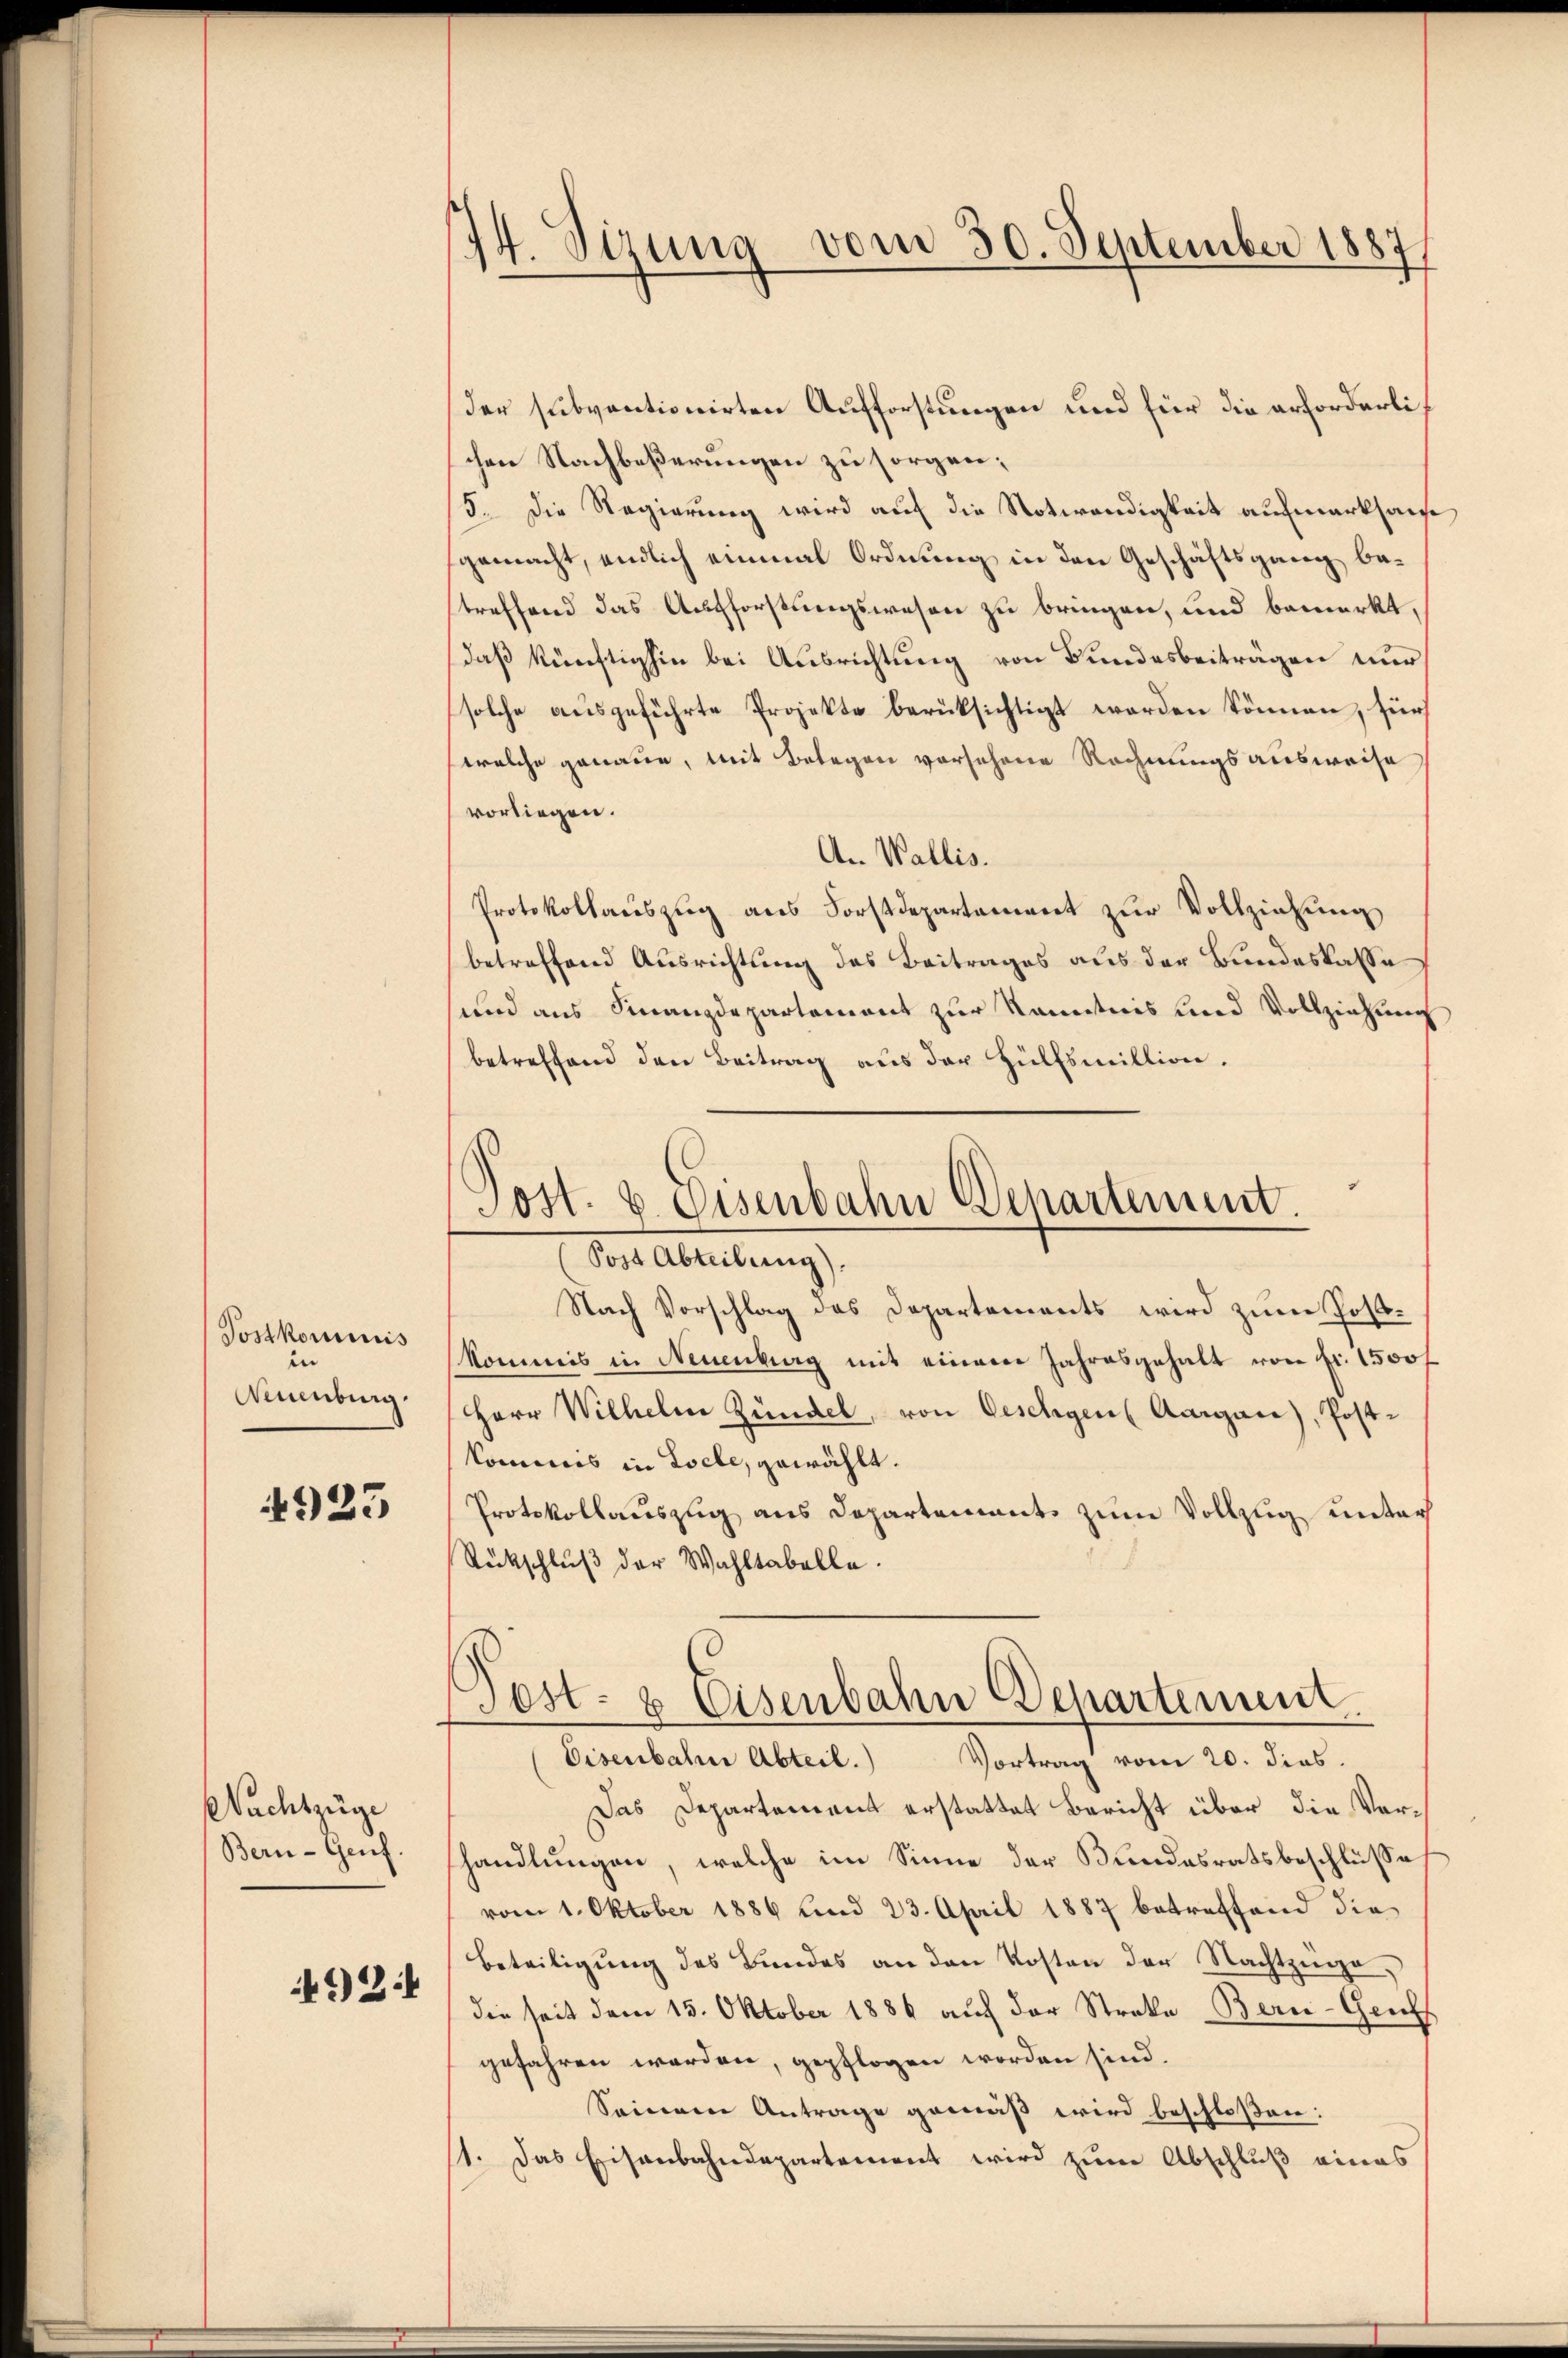
Postkommnis
in
Auenburg.

923

Nachtzüge
Bern- Genf.

92:

174. Sizung vom 30. September 1887

der subventionirten Aufforstungen und für die erforderlichen Nachbeßerungen zu sorgen;
5. Die Regierung wird auf die Notwendigkeit aufmerksam
gemacht, endlich einmal Ordnung in den Geschäftsgang betreffend das Aufforstungswesen zu bringen, und bemerkt,
daß künftighin bei Ausrichtung von Bundesbeiträgen nur
solche ausgeführte Projekte berüksichtigt worden können, für
welche genaue, mit Belegen vorsehene Rechnungsausweise
vorliegen.
An Wallis.
Protokollauszug aus Forstdepartement zur Vollziehung
betreffend Ausrichtung des Beitrages aus der Bundeskasse
und aus Finanzdepartement zur Kenntnis und Vollziehung
betreffend den Beitrag aus der Hülfsmillion.
Post. u. Eisenbahn Departement.

Der Abreitung,

Nach Vorschlag des Departements wird zum Postkommis in Neuenburg mit einem Jahresgehalt von fr. 1500 f
Herr Wilhelm Zündel, von Oeschen Aargau), Postkommis in Locle, gewählt.
Protokollauszug aus Departements zum Vollzug unter
Rückschluß der Wahltabelle.
Eisenbahne Abteil. Vortrag vom 20. dies.
Das Departement erstattet Bericht über die Vorhandlungen, welche im Sinne der Bundesratsbeschlusse
vom 1. Oktober 1886 und 23. April 1887 betreffend die
Beteiligung des Bundes an den Kosten der Nachtzüge,
die seit dem 15. Oktober 1886 auf der Streke Bern-Geifs
gefahren werden, gepflogen worden sind.
Seinem Antrage gemäß wird beschloßen:
st. Das Eisenbahndepartement wird zum Abschluß eines

Fest- & Eisenbahn Departement.